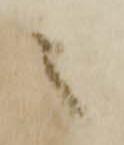
之